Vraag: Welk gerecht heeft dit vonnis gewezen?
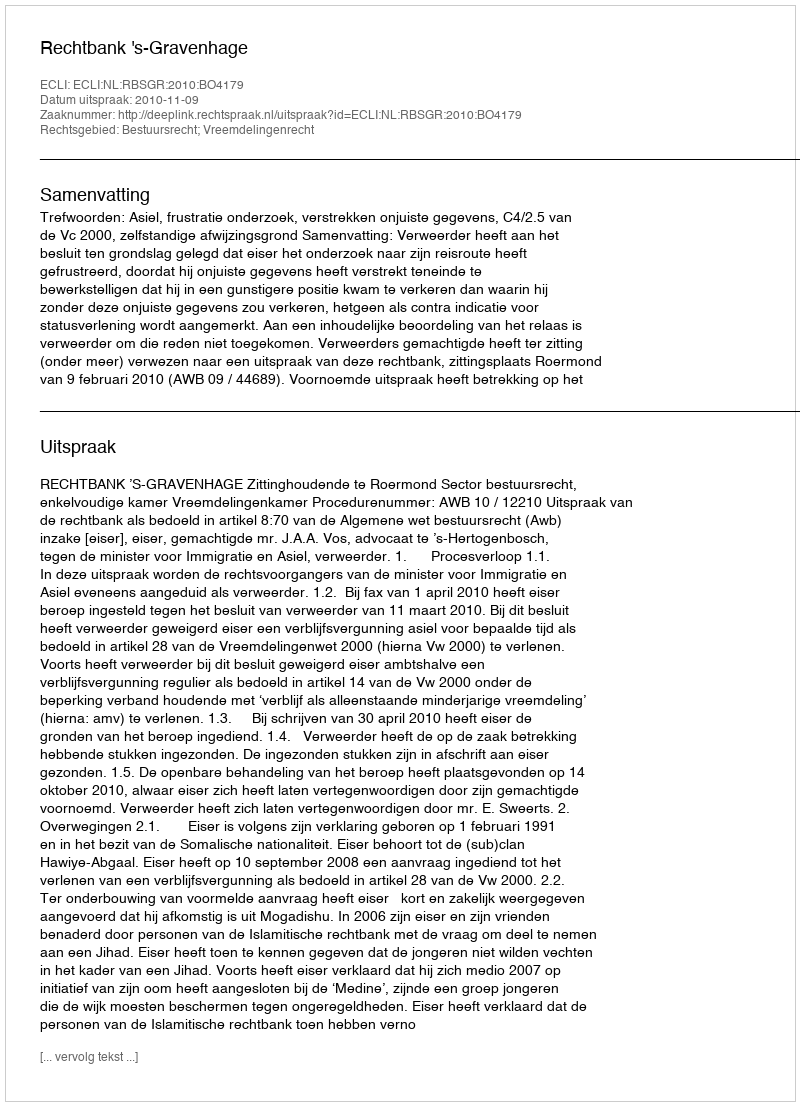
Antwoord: Rechtbank 's-Gravenhage